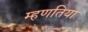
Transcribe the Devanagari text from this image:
म्हणतिया